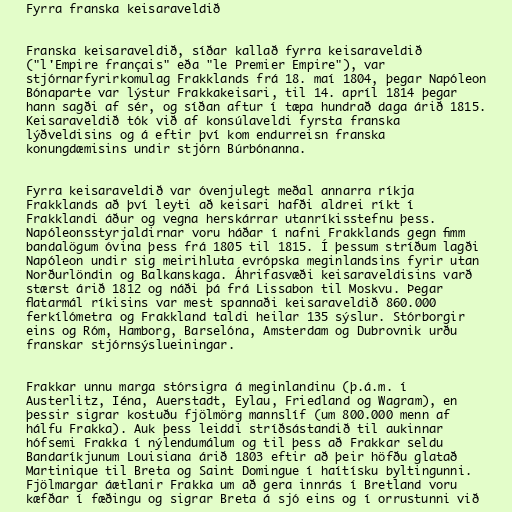
Fyrra franska keisaraveldið

Franska keisaraveldið, síðar kallað fyrra keisaraveldið
("l'Empire français" eða "le Premier Empire"), var
stjórnarfyrirkomulag Frakklands frá 18. maí 1804, þegar Napóleon
Bónaparte var lýstur Frakkakeisari, til 14. apríl 1814 þegar
hann sagði af sér, og síðan aftur í tæpa hundrað daga árið 1815.
Keisaraveldið tók við af konsúlaveldi fyrsta franska
lýðveldisins og á eftir því kom endurreisn franska
konungdæmisins undir stjórn Búrbónanna.

Fyrra keisaraveldið var óvenjulegt meðal annarra ríkja
Frakklands að því leyti að keisari hafði aldrei ríkt í
Frakklandi áður og vegna herskárrar utanríkisstefnu þess.
Napóleonsstyrjaldirnar voru háðar í nafni Frakklands gegn fimm
bandalögum óvina þess frá 1805 til 1815. Í þessum stríðum lagði
Napóleon undir sig meirihluta evrópska meginlandsins fyrir utan
Norðurlöndin og Balkanskaga. Áhrifasvæði keisaraveldisins varð
stærst árið 1812 og náði þá frá Lissabon til Moskvu. Þegar
flatarmál ríkisins var mest spannaði keisaraveldið 860.000
ferkílómetra og Frakkland taldi heilar 135 sýslur. Stórborgir
eins og Róm, Hamborg, Barselóna, Amsterdam og Dubrovnik urðu
franskar stjórnsýslueiningar.

Frakkar unnu marga stórsigra á meginlandinu (þ.á.m. í
Austerlitz, Iéna, Auerstadt, Eylau, Friedland og Wagram), en
þessir sigrar kostuðu fjölmörg mannslíf (um 800.000 menn af
hálfu Frakka). Auk þess leiddi stríðsástandið til aukinnar
hófsemi Frakka í nýlendumálum og til þess að Frakkar seldu
Bandaríkjunum Louisiana árið 1803 eftir að þeir höfðu glatað
Martinique til Breta og Saint Domingue í haítísku byltingunni.
Fjölmargar áætlanir Frakka um að gera innrás í Bretland voru
kæfðar í fæðingu og sigrar Breta á sjó eins og í orrustunni við